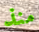
منذ